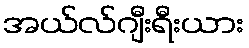
အယ်လ်ဂျီးရီးယား